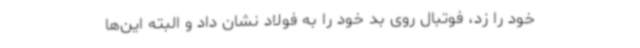
خود را زد، فوتبال روی بد خود را به فولاد نشان داد و البته این‌ها